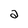
Character: a